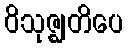
ဝိသုဇ္ဈတိပေ